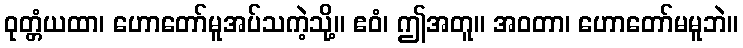
ဝုတ္တံယထာ၊ ဟောတော်မူအပ်သကဲ့သို့။ ဧဝံ၊ ဤအတူ။ အဝတာ၊ ဟောတော်မမူဘဲ။